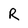
Character: R